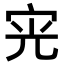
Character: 𭓪